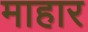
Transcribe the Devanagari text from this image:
माहार